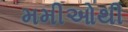
મમીઓથી